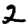
Digit: 2